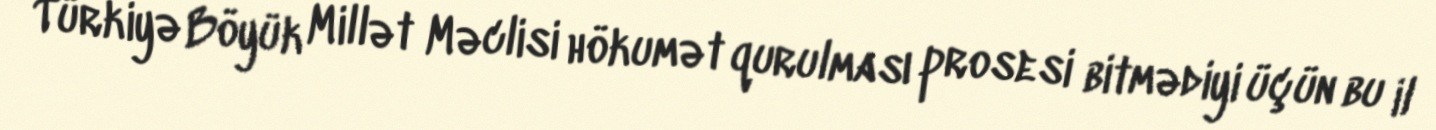
Türkiyə Böyük Millət Məclisi hökumət qurulması prosesi bitmədiyi üçün bu il